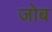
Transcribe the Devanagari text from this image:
जोब